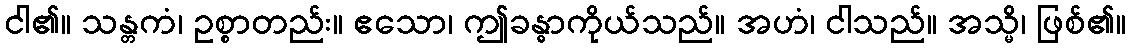
ငါ၏။ သန္တကံ၊ ဥစ္စာတည်း။ ဧသော၊ ဤခန္ဓာကိုယ်သည်။ အဟံ၊ ငါသည်။ အသ္မိ၊ ဖြစ်၏။